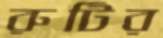
রুটির